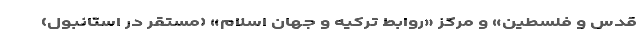
قدس و فلسطین» و مرکز «روابط ترکیه و جهان اسلام» (مستقر در استانبول)